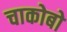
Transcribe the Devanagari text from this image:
चाकोबो